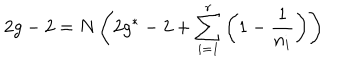
2 g - 2 = N \left( 2 g ^ { * } - 2 + \sum _ { i = 1 } ^ { r } \left( 1 - \frac { 1 } { n _ { i } } \right) \right)